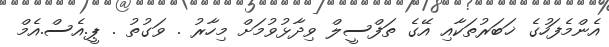
އެންމެފަހުގެ ޚަބަރުތަކާއި އޭގެ ތަފްސީލް ވިދާޅުވުމަށް މިހާރު . ވަގުތު . ޕީ.އެސް.އެމް